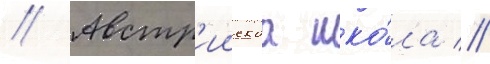
// Австр'иискаа шко́ла //